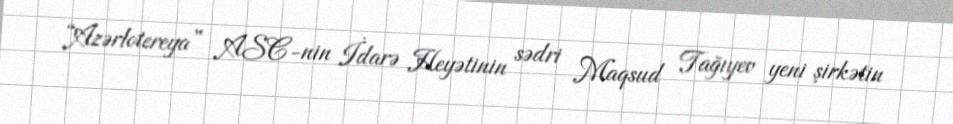
“Azərlotereya” ASC-nin İdarə Heyətinin sədri Maqsud Tağıyev yeni şirkətin